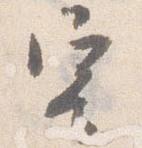
寄